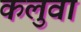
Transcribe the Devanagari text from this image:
कलुवा